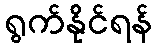
ရွက်နိုင်ရန်